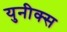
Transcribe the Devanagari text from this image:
युनीक्स